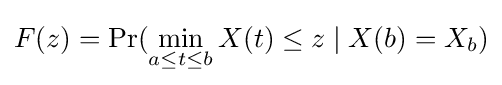
F(z)=\Pr(\min _{a\leq t\leq b}X(t)\leq z\mid X(b)=X_{b})